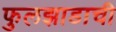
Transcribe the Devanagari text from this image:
फुलझाडाची